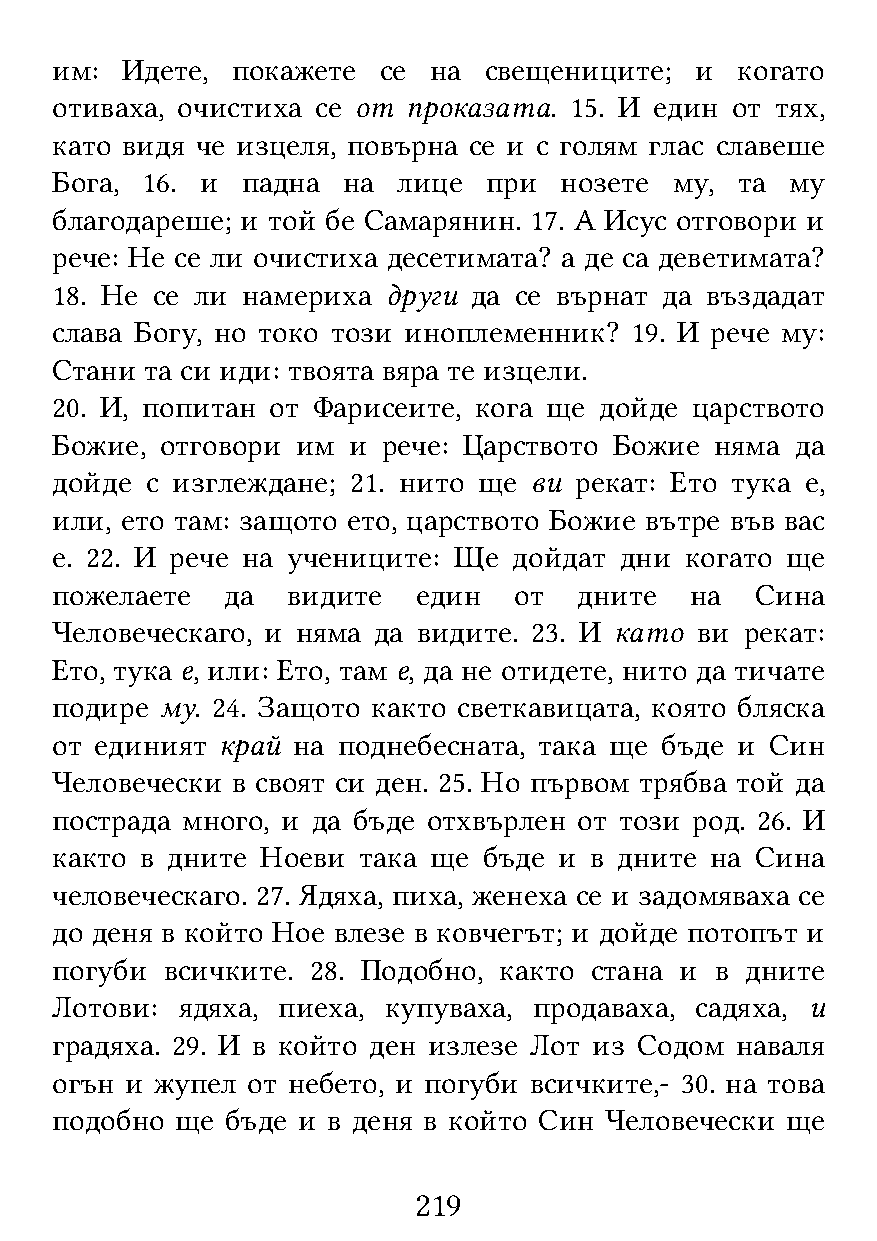
им:  Идете, покажете  се на  свещениците;  и  когато
 отиваха, очистиха се от проказата. 15. И един от тях,
 като видя че изцеля, повърна се и с голям глас славеше
 Бога, 16. и  падна  на лице  при  нозете  му, та му
 благодареше; и той бе Самарянин. 17. А Исус отговори и
 рече: Не се ли очистиха десетимата? а де са деветимата?
 18. Не се ли намериха  други да се върнат да въздадат
 слава Богу, но токо този иноплеменник? 19. И рече му:
 Стани  та си иди: твоята вяра те изцели.
 20. И, попитан от Фарисеите, кога ще дойде царството
 Божие,  отговори им и рече: Царството Божие няма  да
 дойде  с изглеждане; 21. нито ще ви рекат: Ето тука е,
 или, ето там: защото ето, царството Божие вътре във вас
 е. 22. И рече на учениците: Ще дойдат дни когато ще
 пожелаете   да  видите   един  от  дните   на  Сина
 Человеческаго, и няма да видите. 23. И като ви рекат:
 Ето, тука е, или: Ето, там е, да не отидете, нито да тичате
 подире  му. 24. Защото както светкавицата, която бляска
 от единият  край на поднебесната, така ще бъде и Син
 Человечески в своят си ден. 25. Но първом трябва той да
 пострада много, и да бъде отхвърлен от този род. 26. И
 както в дните Ноеви  така ще бъде и в дните на Сина
 человеческаго. 27. Ядяха, пиха, женеха се и задомяваха се
 до деня в който Ное влезе в ковчегът; и дойде потопът и
 погуби  всичките. 28. Подобно, както стана и в дните
 Лотови:  ядяха, пиеха, купуваха, продаваха, садяха, и
 градяха. 29. И в който ден излезе Лот из Содом наваля
 огън и жупел от небето, и погуби всичките,- 30. на това
 подобно  ще бъде и в деня в който Син Человечески ще
 219